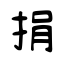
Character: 捐